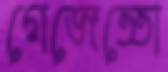
গেজেত্তো